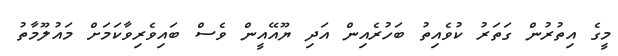
މީގެ އިތުރުން ގަތަރު ކުވެއިތު ބަހުރެއިން އަދި ޔޫއޭއީން ވެސް ބައިވެރިވާކަމަށް މައުލޫމާތު